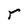
Character: r